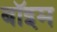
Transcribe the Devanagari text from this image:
बॉइम